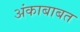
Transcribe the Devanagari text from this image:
अंकाबाबत